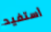
أستفيد